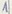
Text: 1